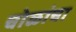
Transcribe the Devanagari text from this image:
चोळांचा